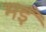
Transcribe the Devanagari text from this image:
मइँ